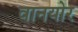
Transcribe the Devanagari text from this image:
वानयोर